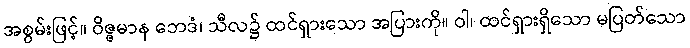
အစွမ်းဖြင့်။ ဝိဇ္ဇမာန ဘေဒံ၊ သီလ၌ ထင်ရှားသော အပြားကို။ ဝါ၊ ထင်ရှားရှိသော မပြတ်သော